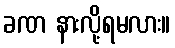
ခဏ နားလို့ရမလား။